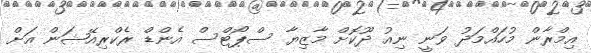
އިމްރާން މުހައްމަދު ވަނީ ނިއު ދޫކޮށް މާޒިޔާ ސްޕޯޓްސް އެންޑް ރެކްރިއޭޝަން އަށް